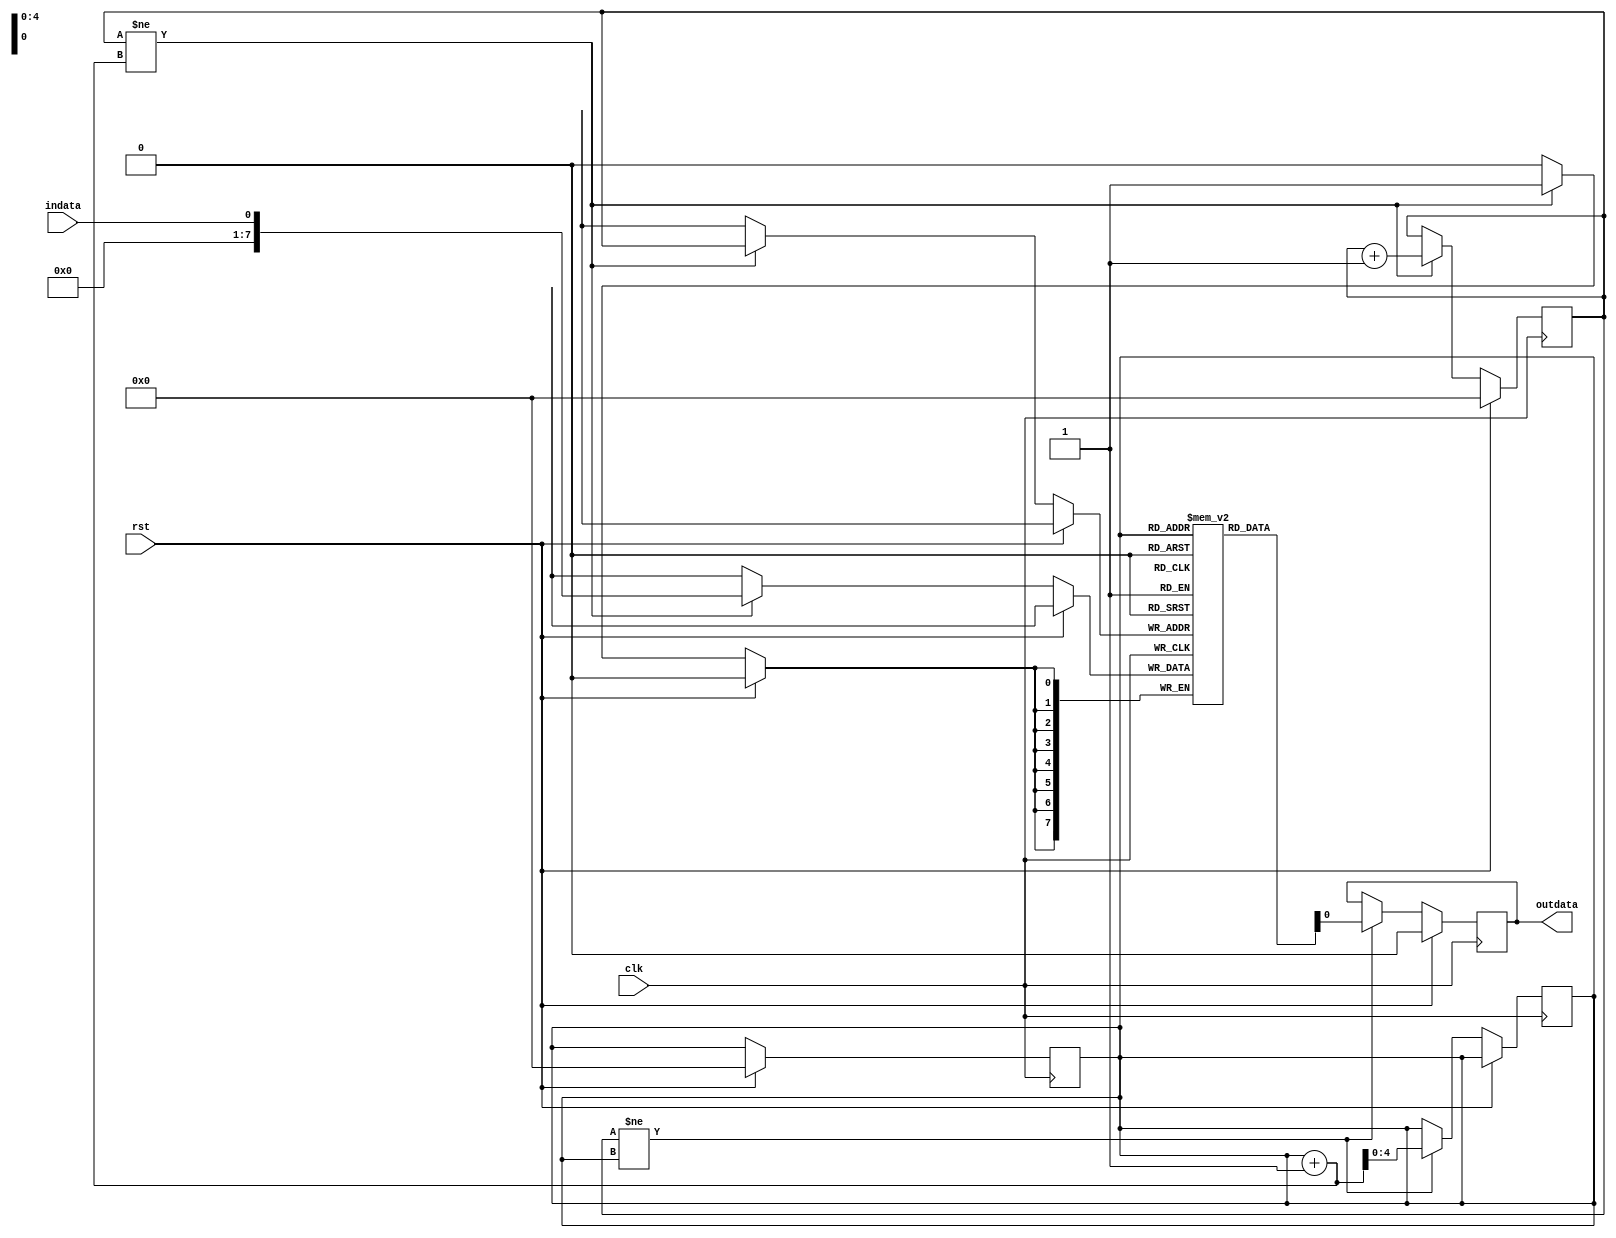
module AsyncFIFO (
    input wire clk,
    input wire rst,
    input wire indata,
    output reg outdata
);

reg [7:0] buffer [0:31];
reg [4:0] write_ptr;
reg [4:0] read_ptr;

always @(posedge clk) begin
    if (rst) begin
        write_ptr <= 5'b0;
        read_ptr <= 5'b0;
    end else begin
        if (write_ptr != read_ptr + 1) begin
            buffer[write_ptr] <= indata;
            write_ptr <= write_ptr + 1;
        end
    end
end

always @(posedge clk) begin
    if (rst) begin
        outdata <= 8'b0;
    end else begin
        if (write_ptr != read_ptr) begin
            outdata <= buffer[read_ptr];
            read_ptr <= read_ptr + 1;
        end
    end
end

endmodule